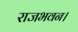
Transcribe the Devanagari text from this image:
राजभवन।